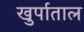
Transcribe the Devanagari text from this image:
खुर्पाताल